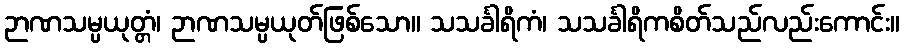
ဉာဏသမ္ပယုတ္တံ၊ ဉာဏသမ္ပယုတ်ဖြစ်သော။ သသင်္ခါရိကံ၊ သသင်္ခါရိကစိတ်သည်လည်းကောင်း။